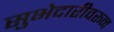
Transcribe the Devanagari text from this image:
सुभेदारीवरून